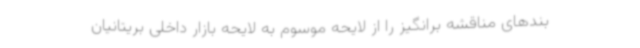
بندهای مناقشه برانگیز را از لایحه موسوم به لایحه بازار داخلی بریتانیان